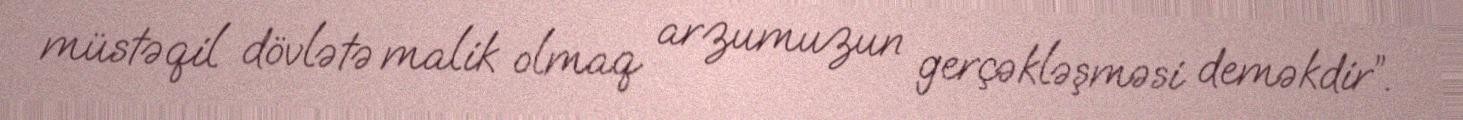
müstəqil dövlətə malik olmaq arzumuzun gerçəkləşməsi deməkdir”.